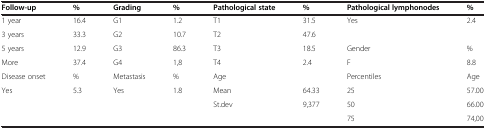
| Follow-up | % | Grading | % | Pathological state | % | Pathological lymphonodes | % |
 | --- | --- | --- | --- | --- | --- | --- | --- |
 | 1 year | 16.4 | G1 | 1.2 | T1 | 31.5 | Yes | 2.4 |
 | 3 years | 33.3 | G2 | 10.7 | T2 | 47.6 |  |  |
 | 5 years | 12.9 | G3 | 86.3 | T3 | 18.5 | Gender | % |
 | More | 37.4 | G4 | 1,8 | T4 | 2.4 | F | 8.8 |
 | Disease onset | % | Metastasis | % | Age |  | Percentiles | Age |
 | Yes | 5.3 | Yes | 1.8 | Mean | 64.33 | 25 | 57.00 |
 |  |  |  |  | St.dev | 9,377 | 50 | 66.00 |
 |  |  |  |  |  |  | 75 | 74,00 |